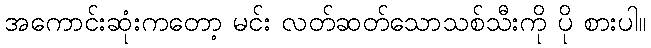
အကောင်းဆုံးကတော့ မင်း လတ်ဆတ်သောသစ်သီးကို ပို စားပါ။